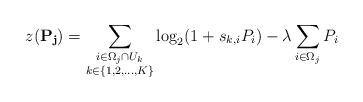
LaTeX: \begin{align*}z(\mathbf{P_j})=\sum_{\substack{i \in \Omega_j \cap U_k \\ k \in \{1,2,\dots,K\}}}\log_2(1+s_{k,i}P_i) - \lambda \sum_{i \in \Omega_j} P_i\end{align*}